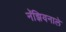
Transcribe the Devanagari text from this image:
नॅझियनाले